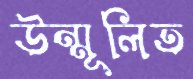
উন্মূলিত